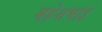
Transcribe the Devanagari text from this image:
महेशभाई